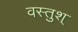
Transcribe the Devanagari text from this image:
वस्तुश्